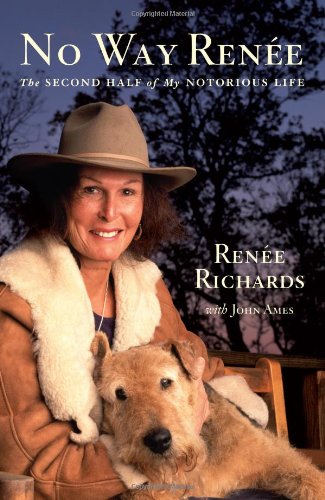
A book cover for No Way Renee: The Second Half of My Notorious Life; Renee Richards; Gay & Lesbian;